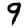
Digit: 9